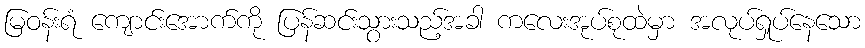
မြဝန်းရံ ကျောင်းအောက်ကို ပြန်ဆင်းသွားသည့်အခါ ကလေးအုပ်စုထဲမှာ အလုပ်ရှုပ်နေသော